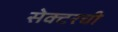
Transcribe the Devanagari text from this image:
सेक्टरची